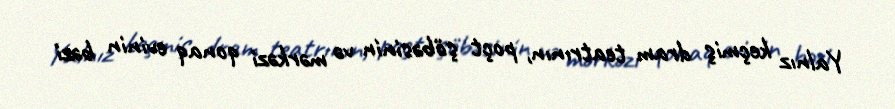
Yalnız keçmiş dram teatrının, poçt şöbəsinin və mərkəzi qonaq evinin bəzi